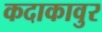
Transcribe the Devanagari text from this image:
कदाकावुर